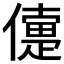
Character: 𠏴